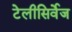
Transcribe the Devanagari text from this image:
टेलीसिर्वेज